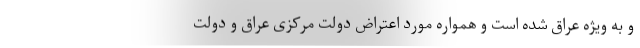
و به ویژه عراق شده است و همواره مورد اعتراض دولت مرکزی عراق و دولت